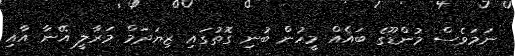
ނަމަވެސް މުންޑޫގެ ބައެއް މީހުން ބުނި ގޮތުގައި ޒިޔަދަމް މަރާލީ އޭނާ އާއި